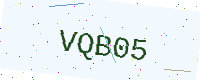
Text: VQB05